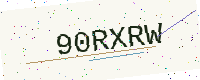
Text: 90RXRW